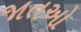
જાતઓ